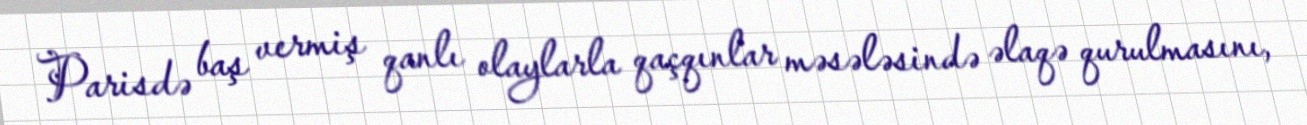
Parisdə baş vermiş qanlı olaylarla qaçqınlar məsələsində əlaqə qurulmasını,